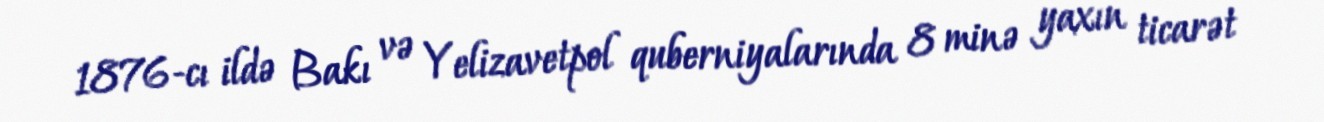
1876-cı ildə Bakı və Yelizavetpol quberniyalarında 8 minə yaxın ticarət